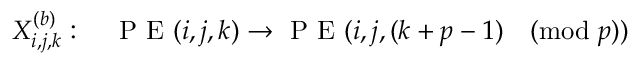
X _ { i , j , k } ^ { ( b ) } : \quad \mathrm { ~ P ~ E ~ } ( i , j , k ) \rightarrow \mathrm { ~ P ~ E ~ } ( i , j , ( k + p - 1 ) \pmod p )